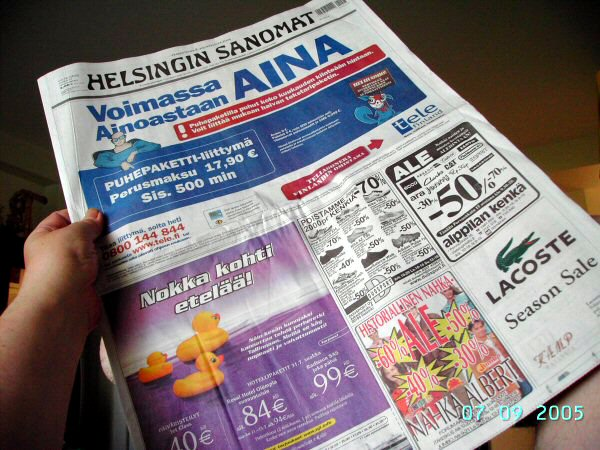
Language: fn